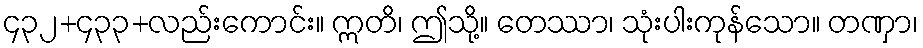
၄၃၂+၄၃၃+လည်းကောင်း။ ဣတိ၊ ဤသို့။ တေဿာ၊ သုံးပါးကုန်သော။ တဏှာ၊